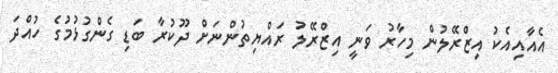
އެއާއިއެކު އިޒްރޭލުން މިހާރު ވަނީ އިޒްރޭލު ރައްޔިތުންނަށް ދޫކުރާ ބަޑި ގެންގުޅުމުގެ ހުއްދަ